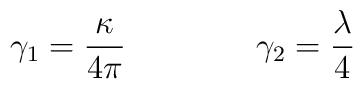
\gamma_1=\frac\kappa{4\pi}\qquad \qquad \gamma_2 = \frac \lambda 4